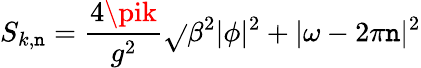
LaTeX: S_{k,\mathtt{n}}=\frac{{4\pik}}{{g^{2}}}\sqrt{}{{\beta^{2}|\phi|^{2}+|\omega-2\pi\mathtt{n}|^{2}}}